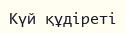
Күй құдіреті